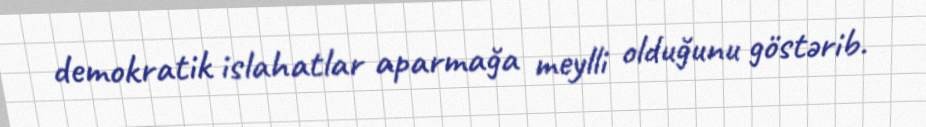
demokratik islahatlar aparmağa meylli olduğunu göstərib.